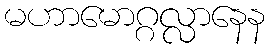
မဟာမောဂ္ဂလ္လာနေန